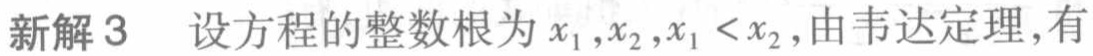
新解3 设方程的整数根为\(x_1,x_2,x_1 < x_2\),由韦达定理,有